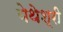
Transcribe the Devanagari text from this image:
येथेश्री